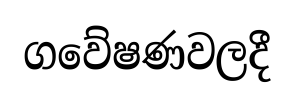
ගවේෂණවලදී